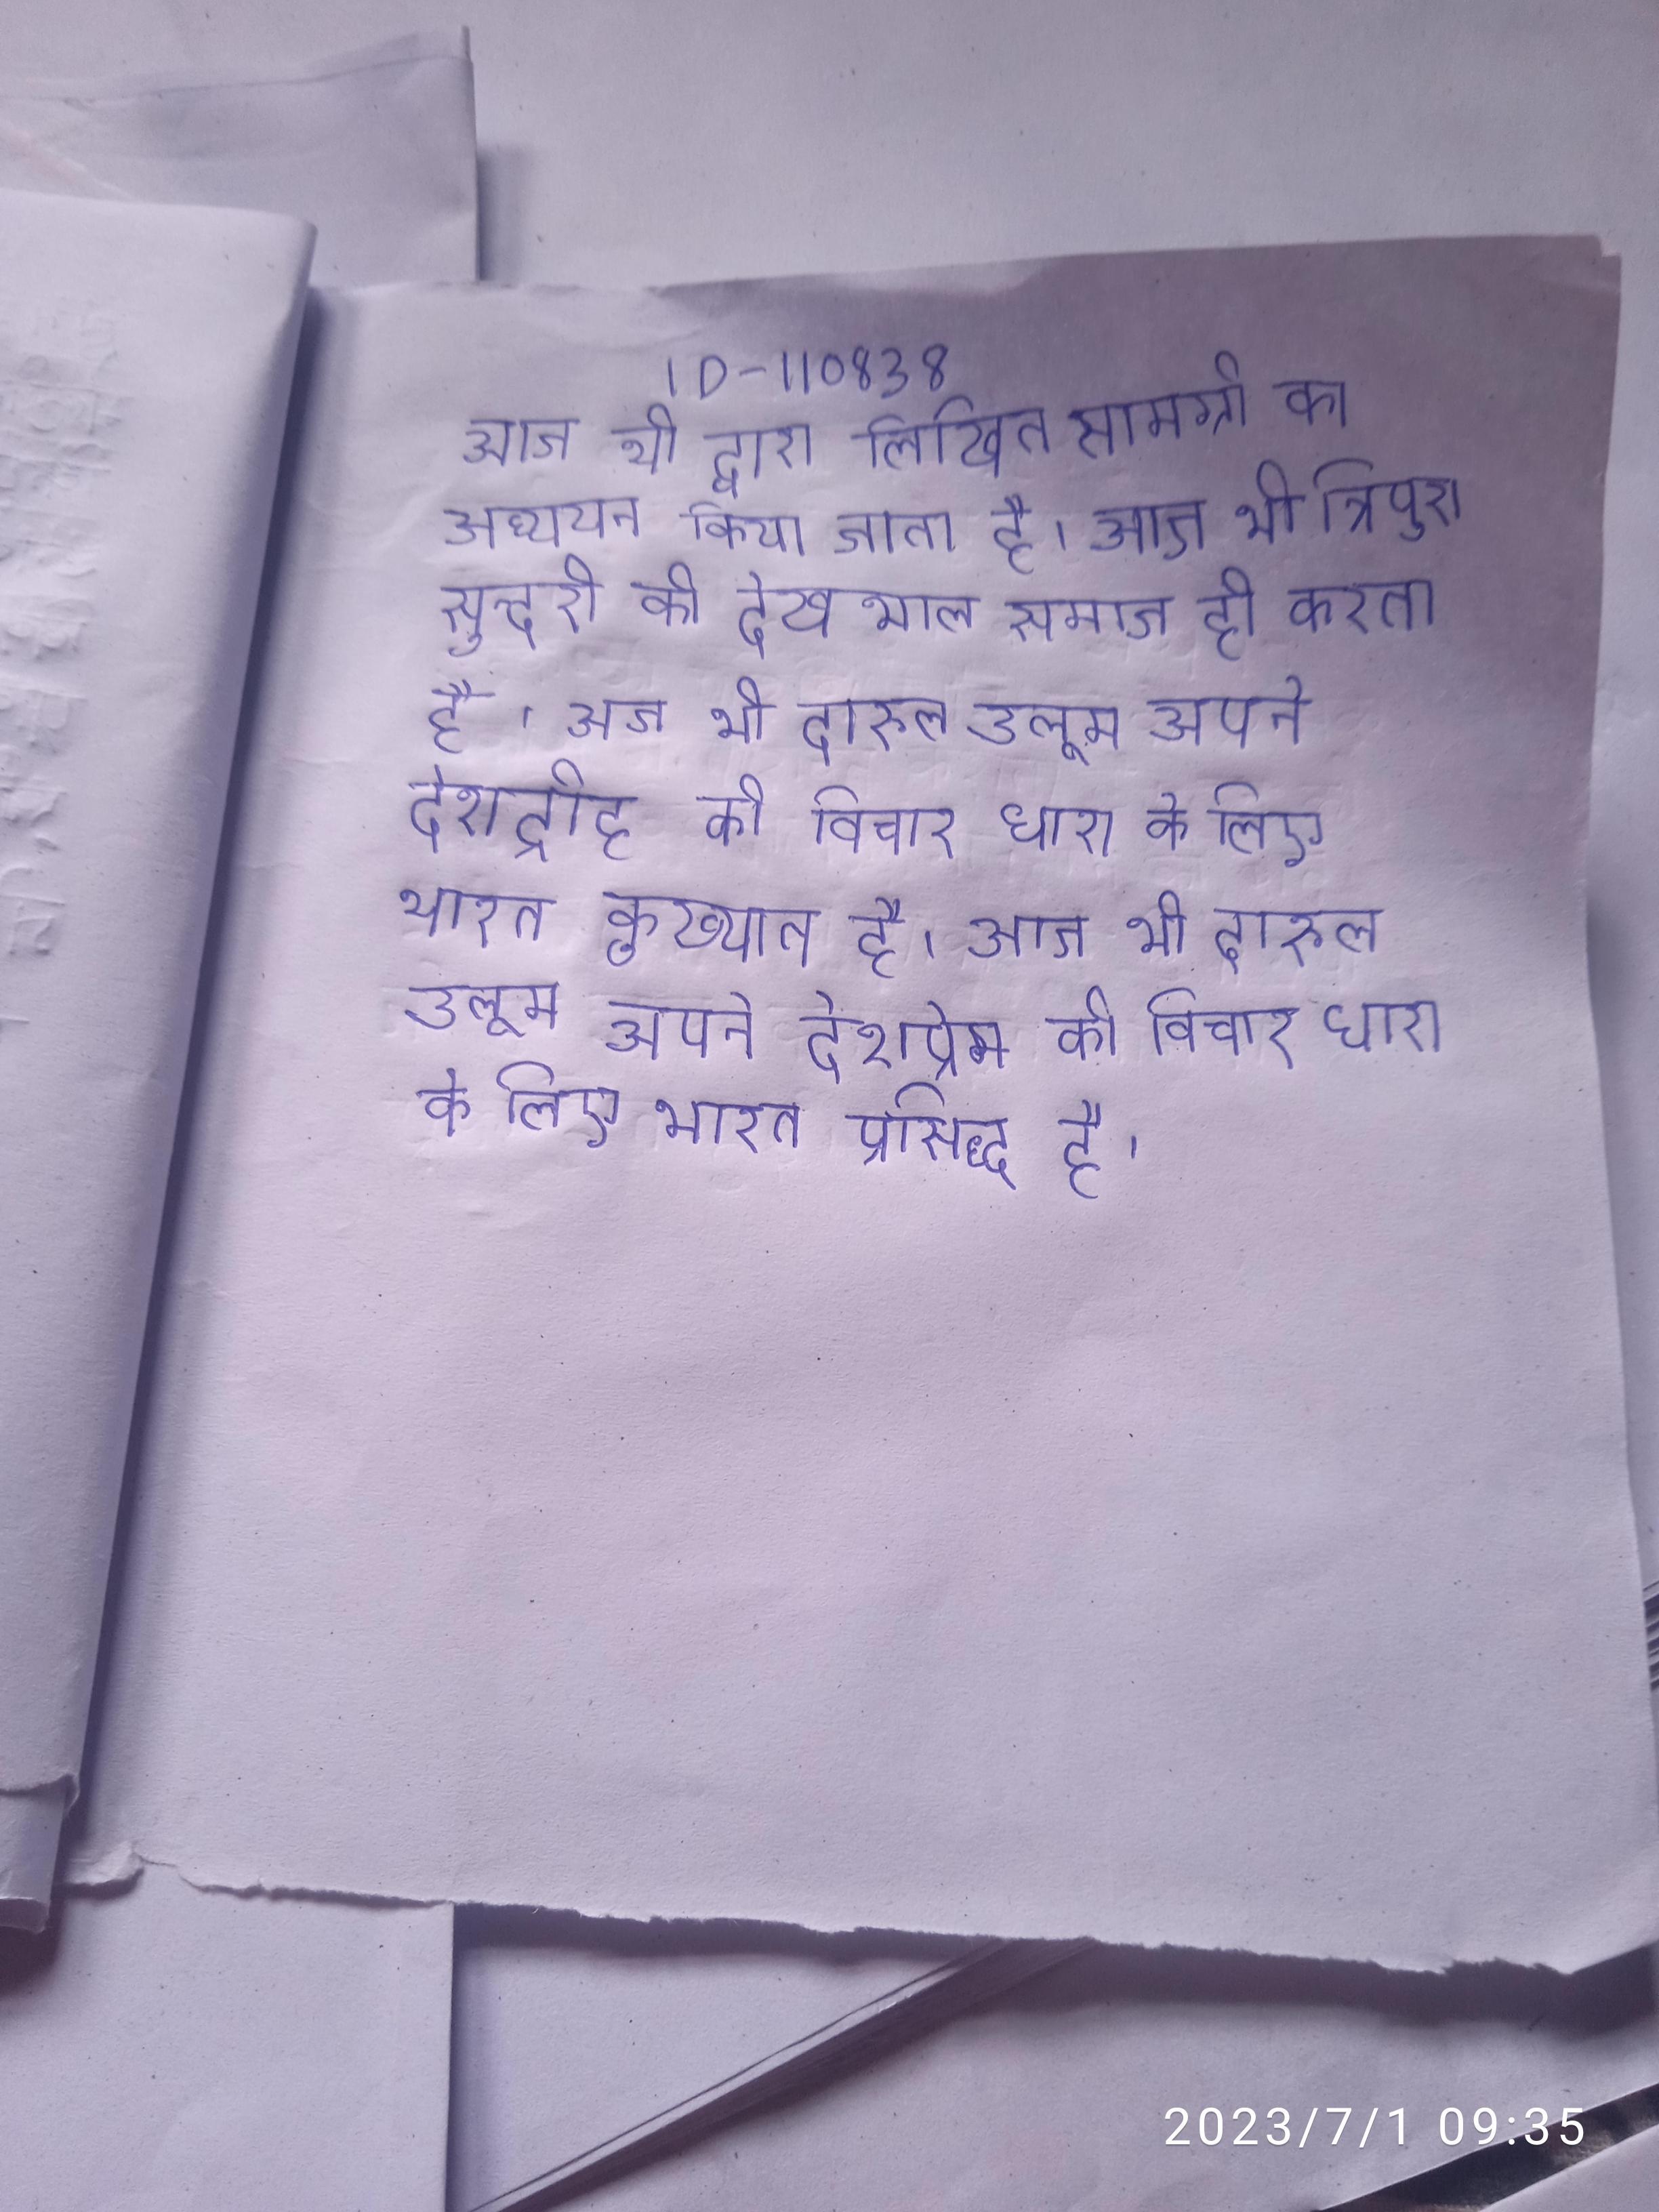
आज भी द्वारा लिखित सामग्री का अध्ययन किया जाता है । आज भी त्रिपुरा सुन्दरी की देखभाल समाज ही करता है । आज भी दारुल उलूम अपने देशद्रोह की विचार धारा के लिए भारत कुख्यात है । आज भी दारुल उलूम अपने देशप्रेम की विचार धारा के लिए भारत प्रसिद्ध है ।